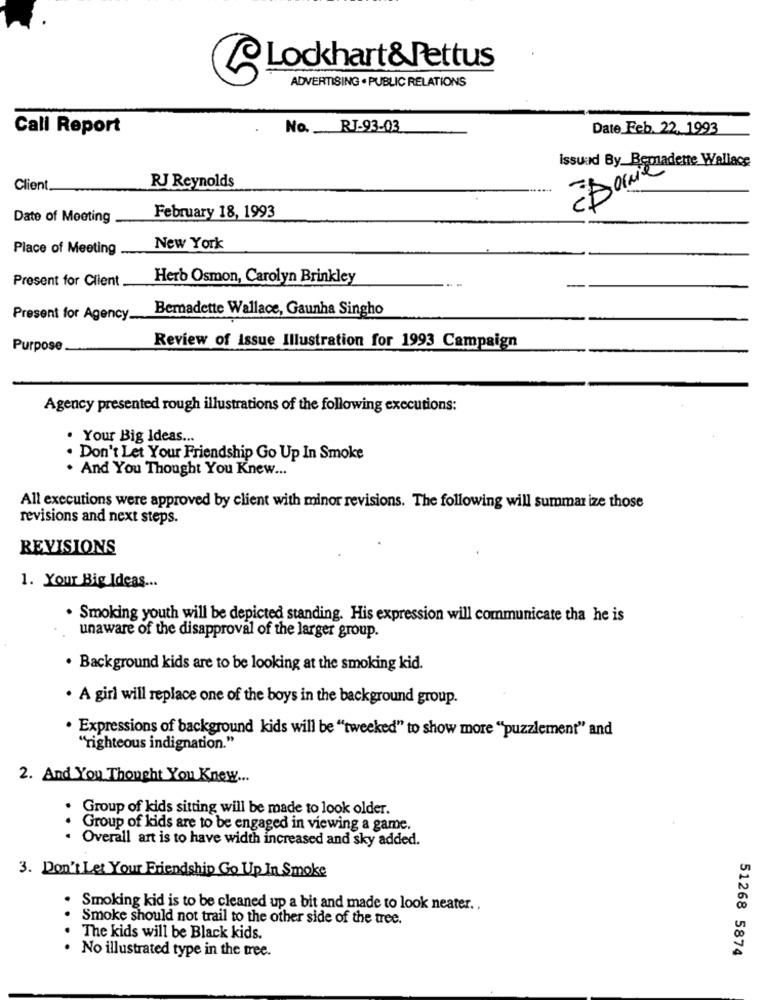
Lockhart&Pettus
ADVERTISING . PUBLIC RELATIONS
Call Report
No. RJ-93-03
Date Feb. 22, 1993
issund By_Bemadette Wallace
Client.
RJ Reynolds
Date of Meeting
February 18, 1993
Place of Meeting
New York
Present for Client
Herb Osmon, Carolyn Brinkley
Bemadette Wallace, Gaunha Singho
Present for Agency.
Purpose
Review of Issue Illustration for 1993 Campaign
Agency presented rough illustrations of the following executions:
. Your Big Ideas ...
. Don't Let Your Friendship Go Up In Smoke
. And You Thought You Knew ...
All executions were approved by client with minor revisions. The following will summarize those
revisions and next steps.
REVISIONS
1. Your Big Ideas ...
. Smoking youth will be depicted standing. His expression will communicate tha he is
unaware of the disapproval of the larger group.
. Background kids are to be looking at the smoking kid.
A girl will replace one of the boys in the background group.
· Expressions of background kids will be "tweeked" to show more "puzzlement" and
"righteous indignation."
2. And You Thought You Knew ...
Group of kids sitting will be made to look older.
. .
Group of kids are to be engaged in viewing a game.
Overall art is to have width increased and sky added.
3. Don't Let Your Friendship Go Up In Smoke
Smoking kid is to be cleaned up a bit and made to look neater ..
Smoke should not trail to the other side of the tree.
The kids will be Black kids.
. No illustrated type in the tree.
51268 5874